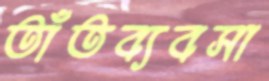
তাঁতব্যবসা